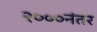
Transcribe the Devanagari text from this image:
२०००नंतर